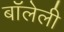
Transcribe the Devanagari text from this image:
बॉलेली